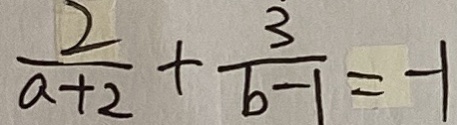
\frac { 2 } { a + 2 } + \frac { 3 } { b - 1 } = - 1